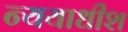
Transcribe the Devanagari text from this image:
न्ययाधीश